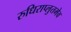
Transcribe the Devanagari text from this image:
रुधिराप्लुतमेव